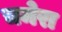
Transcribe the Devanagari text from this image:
चमेरा